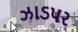
ઝાડપર